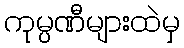
ကုမ္ပဏီများထဲမှ